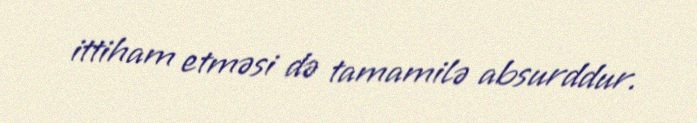
ittiham etməsi də tamamilə absurddur.